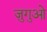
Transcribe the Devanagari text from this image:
ज़ुगुओ